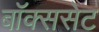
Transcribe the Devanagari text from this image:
बॉक्ससेट